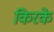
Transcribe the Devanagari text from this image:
किरके